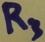
Text: R3